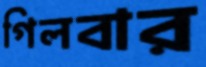
গিলবার